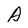
Character: A